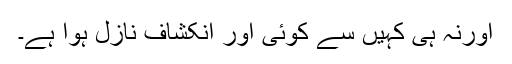
اورنہ ہی کہیں سے کوئی اور انکشاف نازل ہوا ہے۔